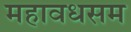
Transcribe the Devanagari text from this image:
महावधसम